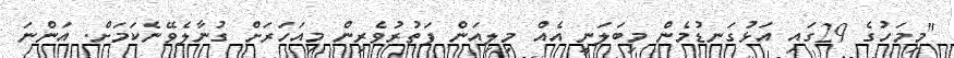
"މިމަހުގެ 29ގައި އަޅުގަނޑުމެން މިބަލަނީ އެއް މިލިއަން ފަތުރުވެރިން މިއަހަރަށް ގުނާލެވޭނެކަމަށް. އަންނަ